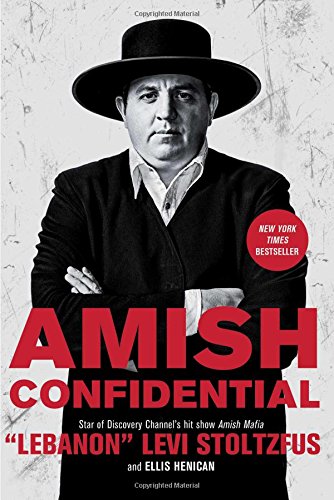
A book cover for Amish Confidential; Lebanon" Levi Stoltzfus; Politics & Social Sciences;